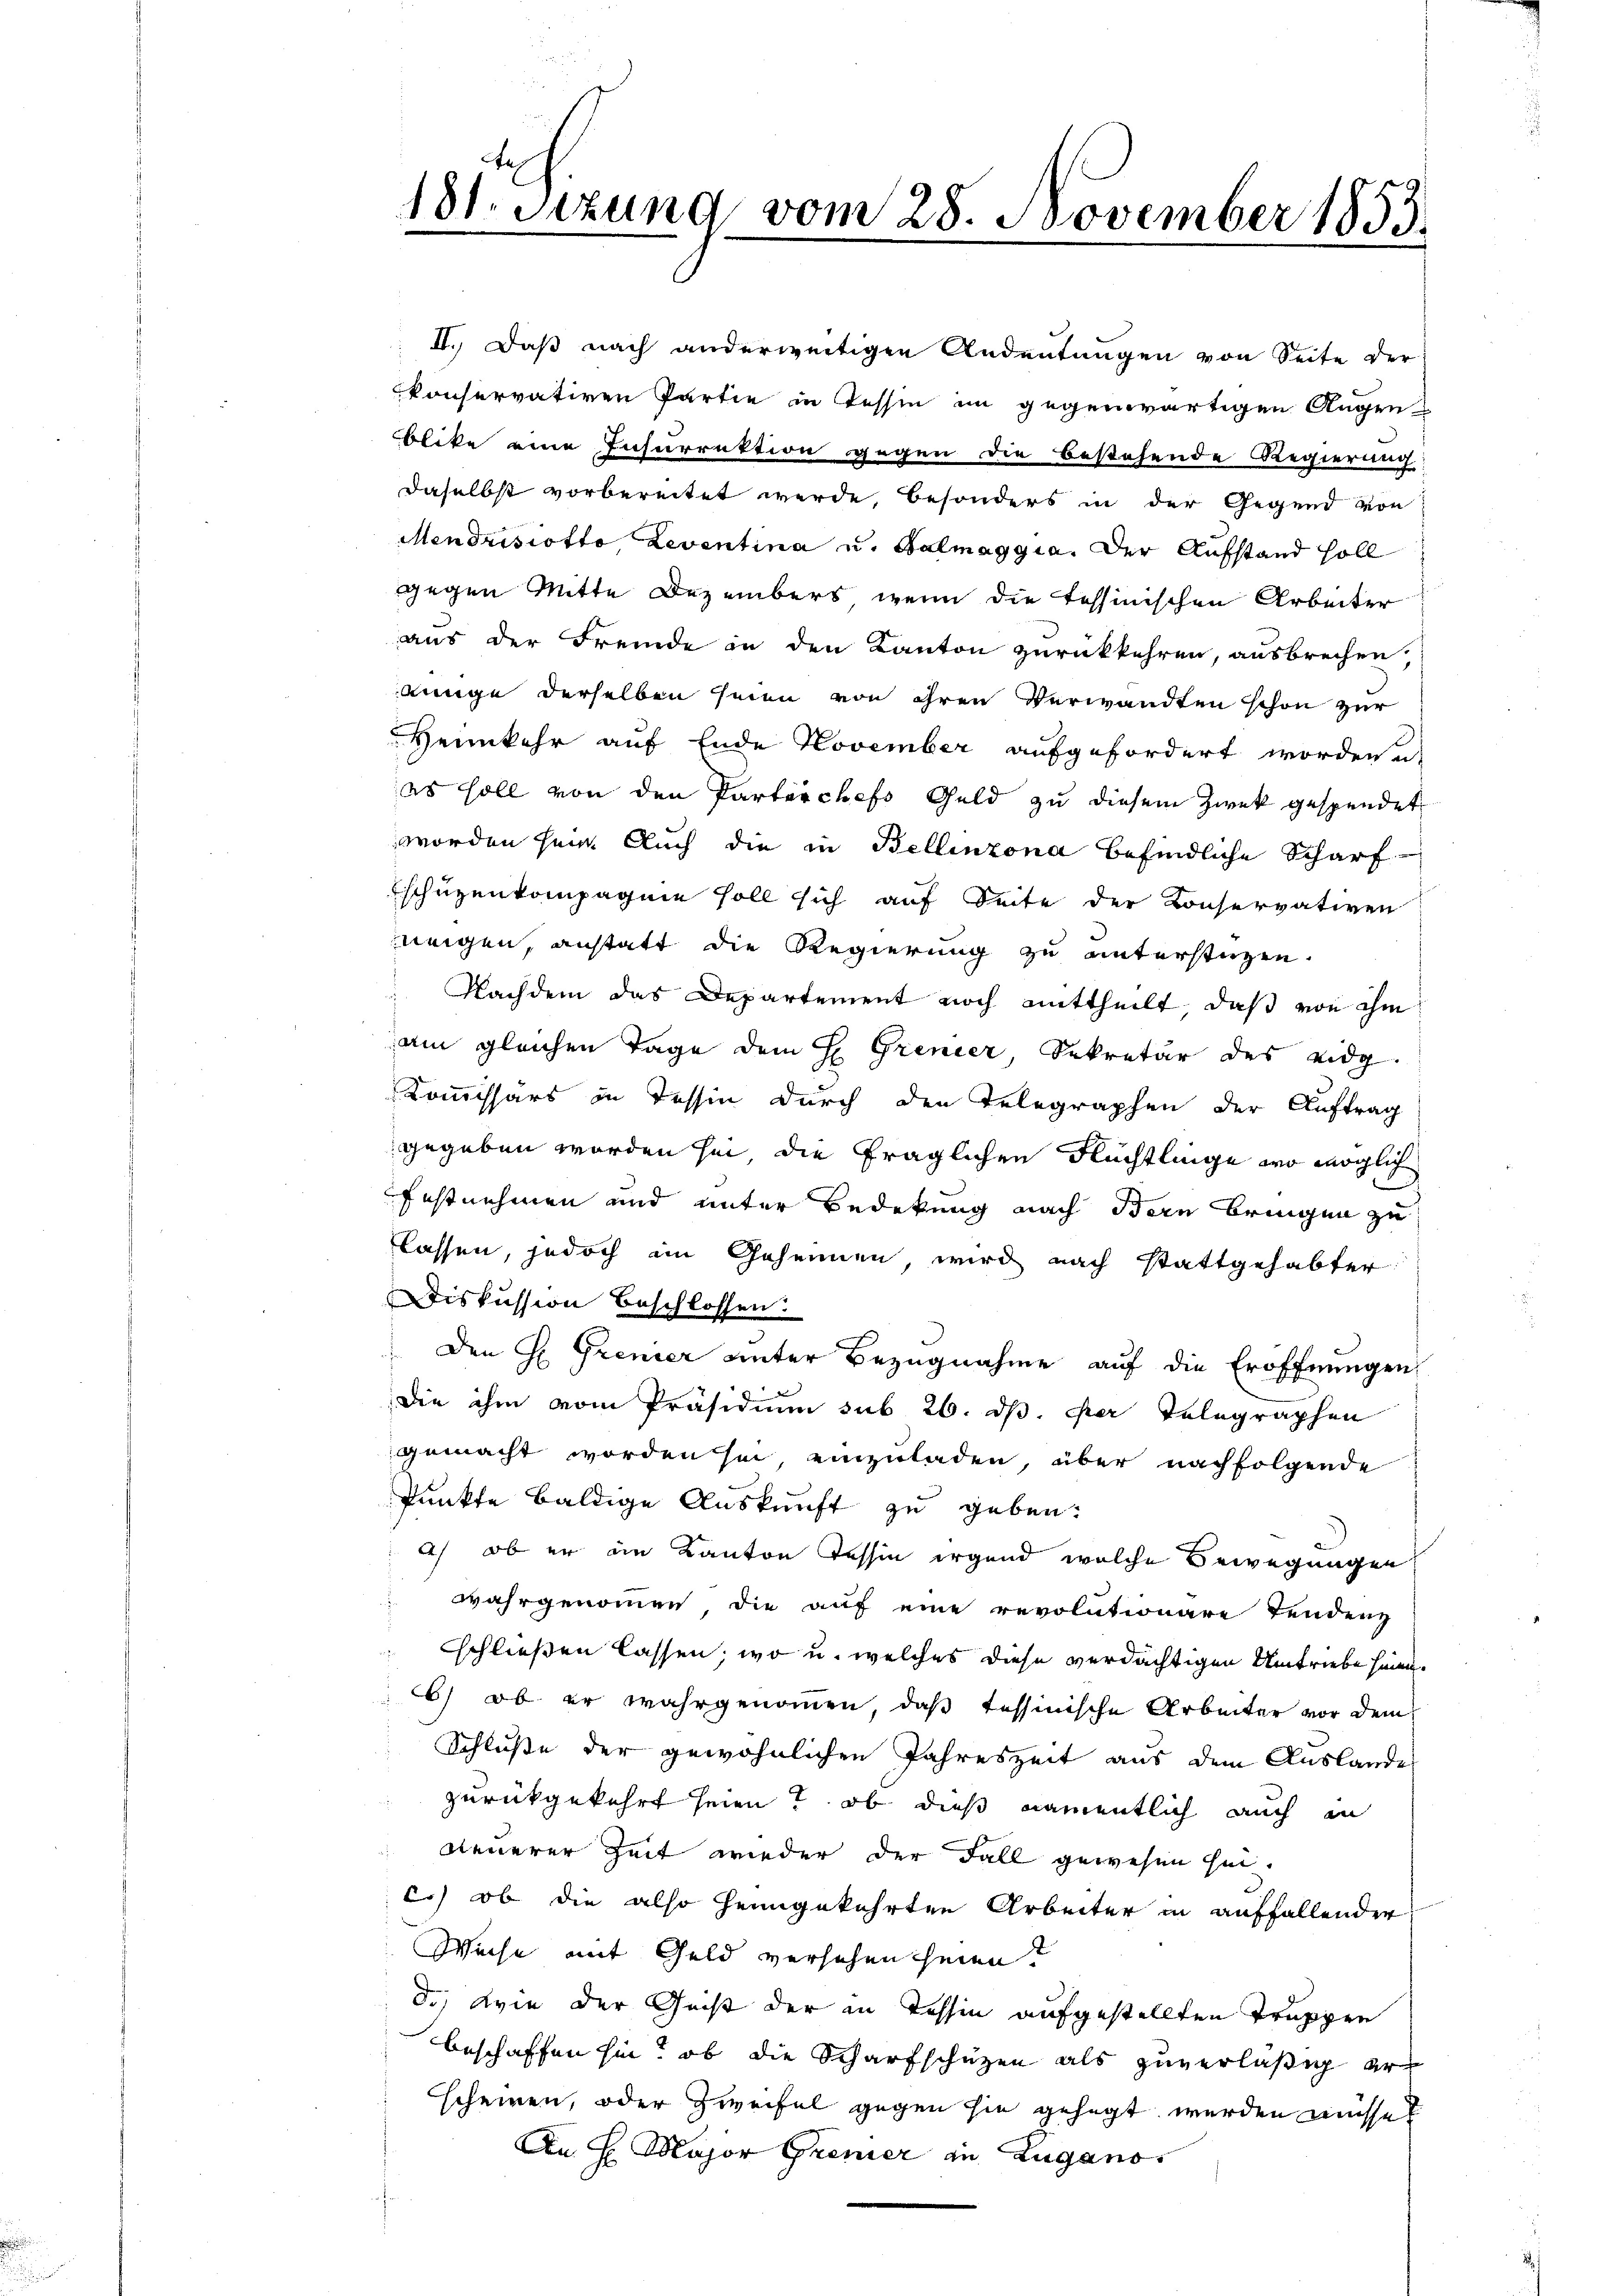
181. Sizung vom 28. November 1853.

II. Daß nach anderweitigen Andeutungen von Seite der
konservativen Partie in Tessin im gegenwärtigen Augenblike eine Insurrektion gegen die bestehende Regierung:
daselbst vorbereitet werde, besonders in der Gegend von
Mendrisiotto, Leventina u. Balmaggia. Der Aufstand soll
gegen Mitte Dezembers, wenn die Tessinischen Arbeiter
aus der Fremde in den Kanton zurückkehren, ausbrechen
binge derselben seien von ihren Verwandten schon zur
Heimkehr auf Ende November aufgefordert worden u
es soll von den Parterchefs Geld zu diesem Zwek gespendet
worden sein. Auch die in Bellinzona befindliche Scharfschüzenkompagnie soll sich auf Seite der Konservativen
meigen, anstatt die Regierung zu unterstüzen.
 Nachdem das Departement noch mittheilt, daß von ihm
am gleichen Tage dem H. Grenzer, Sekretär des eidg.
Kommissärs in Tessin durch den Telegraphen der Auftrag
gegeben worden sei, die fraglichen Flüchtlinge wo möglich
festnehmen und unter Bedekung nach Bern bringen zu
lassen, jedoch im Geheimen, wird nach stattgehabter
Diskussion beschlossen:
 Den H. Grenier unter Bezugnahme auf die Eröffnungen
die ihm vom Präsidium sub 26. ds. der Telegraphen
gemacht worden sei, einzuladen, über nachfolgende
Punkte baldige Auskunft zu geben.
a) ob er in Kanton Tessin irgend welche Bewegungen
 wahrgenommen, die auf eine revolutionare Tendenz
schließen lassen, wo u. welches diese verdächtigen Umtriebe hinen
6) ob er wahrgenommen, daß tessinische Arbeiter vor dem
Schluße der gewöhnlichen Jahreszeit aus dem Auslandes
zurückgekehrt seien? ob dieß namentlich auch in
neuerer Zeit wieder der Fall gewesen hin.
c.) ob die also heimgekehrten Arbeiter in auffallender
Weise mit Geld versehen seien.
8.) Wie der Geist der in Tessin aufgestellten Truppen
beschaffen hin, ob die Scharfschützen als zuverläßig erscheinen, oder Zweifel gegen sie gehegt werden müsse?
An H. Major Gremier in Lugano